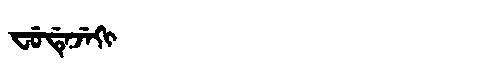
Manchu: ᠸᡠᡩᡝᠵᡝᡴᡳ
Romanization: FUDEJEKI